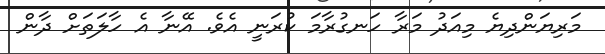
މަރިޔަންދިޔެ މިއަދު މަރާ ހަނގުރާމަ ކުރަނީ އެވެ. އޭނާ އެ ހާލަތަށް ދާން